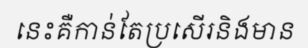
នេះគឺកាន់តែប្រសើរនិងមាន